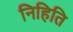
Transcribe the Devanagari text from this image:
निहिति